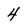
Character: 4